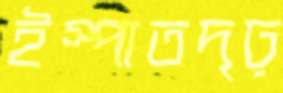
ইস্পাতদৃঢ়